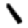
Digit: 1